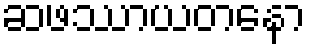
ဆဖဿာယတနော